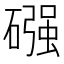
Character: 䃨